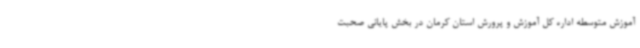
آموزش متوسطه اداره کل آموزش و پرورش استان کرمان در بخش پایانی صحبت